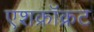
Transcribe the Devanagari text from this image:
एशक्रॉक्रट